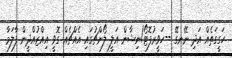
ހަގީގަތެއް އަދި ނޭނގޭ --ހަވީރުފޮޓޯ/ނިޝާން އަލީ ލޯންޗުގައި އެއްޗެއް ގޮވީ އިއްޒުއްދީން ފާލަމާ